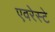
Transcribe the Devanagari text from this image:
एवरेस्‍टे